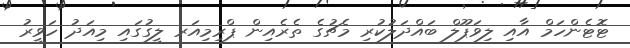
ޓޮޓެންހަމް އާއި ލިވަޕޫލް ބައްދަލުކުރި މެޗުގެ ތެރެއިން ޕްރިމިއަރ ލީގުގައި މިއަދު ހަވީރު